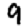
Digit: 9